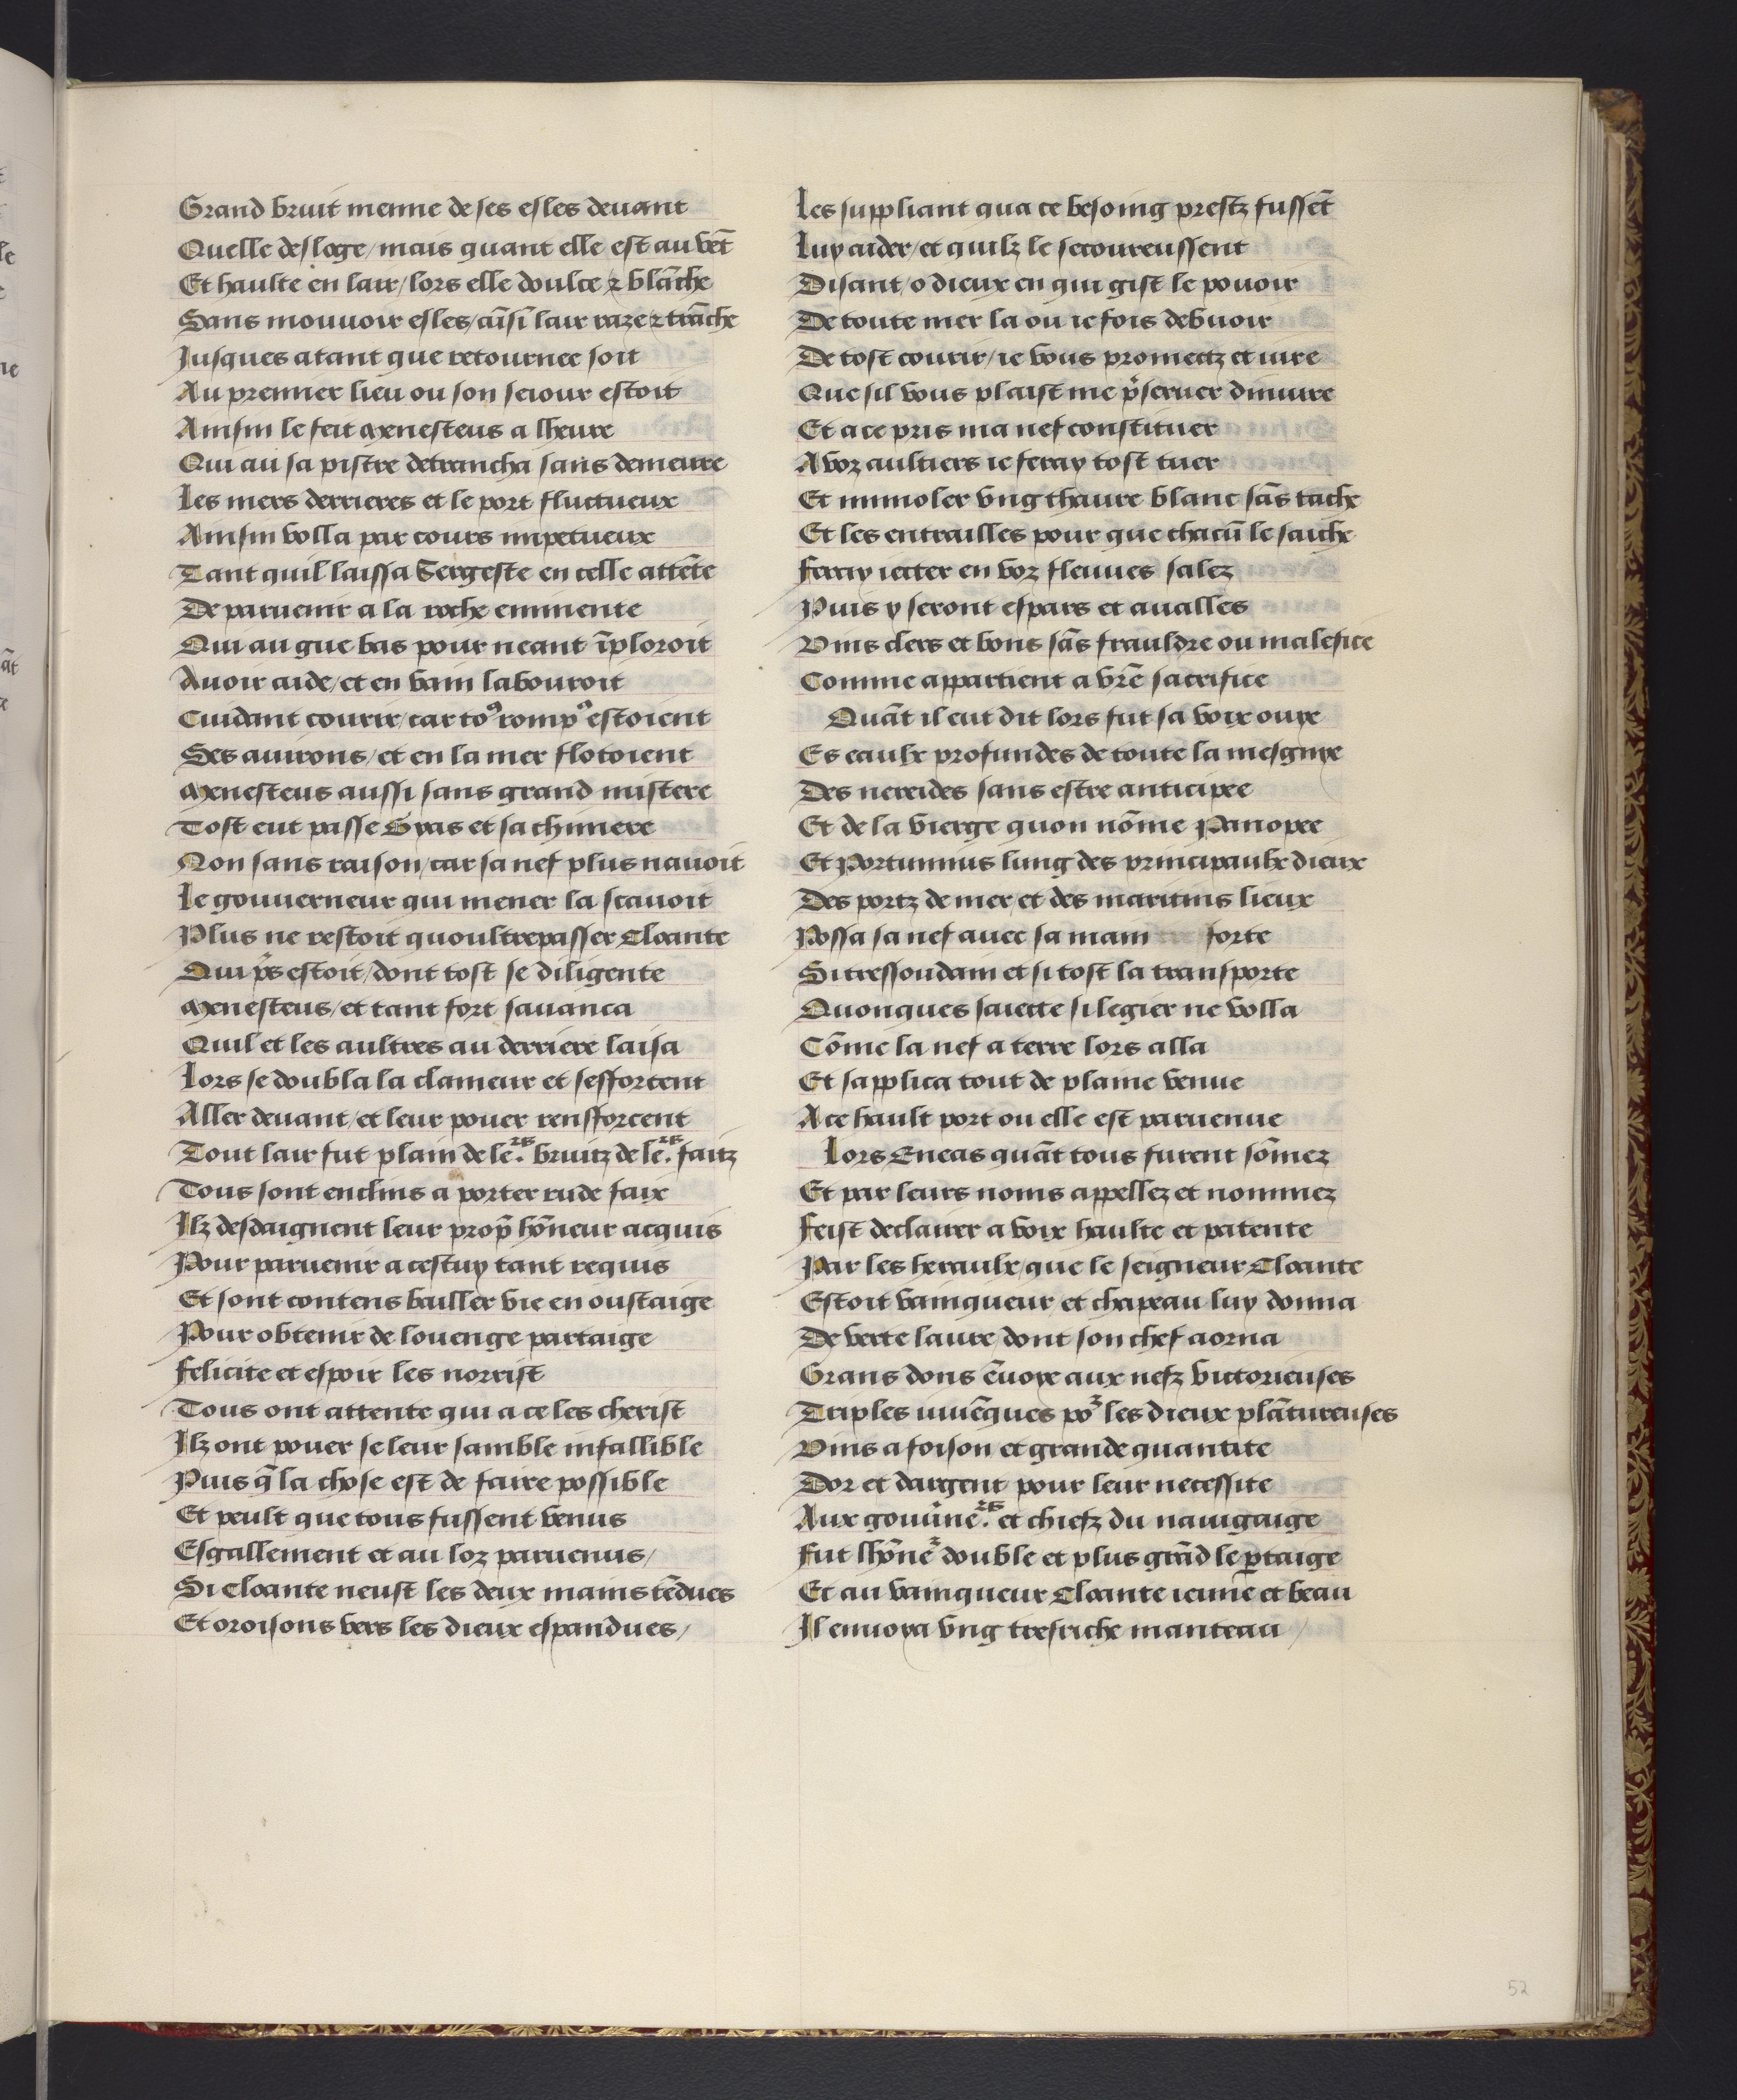
Shelfmark: Philadelphia, University of Pennsylvania, codex 909
Century: 15